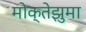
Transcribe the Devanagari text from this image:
मोक्तेझुमा